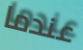
عندما